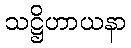
သဋ္ဌိဟာယနာ